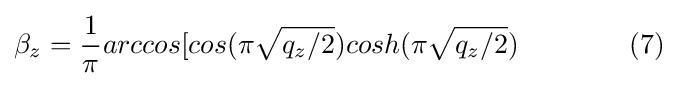
\beta _{z}={\frac {1}{\pi }}arccos[cos(\pi {\sqrt {q_{z}/2}})cosh(\pi {\sqrt {q_{z}/2}})\qquad \qquad (7)\!